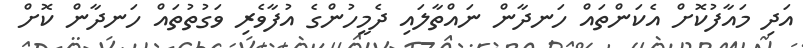
އަދި މައާފުކޮށް އެކަންތައް ހަނދާން ނައްތާލައި ދެމީހުންގެ އުފާވެރި ވަގުތުތައް ހަނދާން ކޮށް